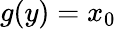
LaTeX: g(y)=x_{0}